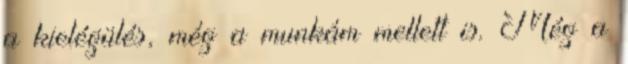
a kielégülés, még a munkám mellett is. Még a